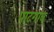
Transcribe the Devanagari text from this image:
पाटगाव